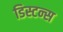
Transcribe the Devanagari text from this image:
डिस्टन्स